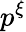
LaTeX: p^{\xi}